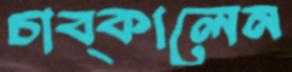
চাব্‌কালেন